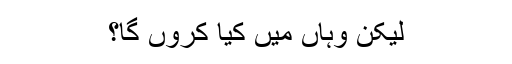
لیکن وہاں میں کیا کروں گا؟